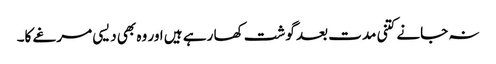
نہ جانے کتنی مدت بعد گوشت کھا رہے ہیں اور وہ بھی دیسی مرغے کا۔